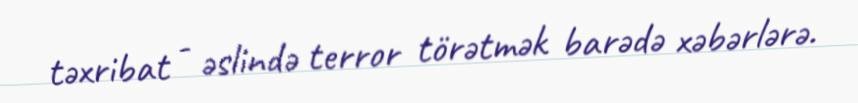
təxribat - əslində terror törətmək barədə xəbərlərə.